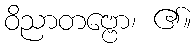
ဝိညာတဗ္ဗော၊ ၏။